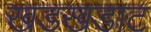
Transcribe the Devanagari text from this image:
खडखडाट